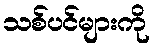
သစ်ပင်များကို